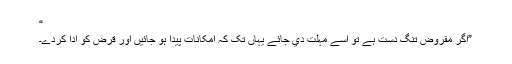
“
”اگر مقروض تنگ دست ہے تو اسے مہلت دي جائے يہاں تک کہ امکانات پيدا ہو جائيں اور قرض کو ادا کردے۔